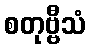
စတုဗ္ဗီသံ